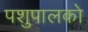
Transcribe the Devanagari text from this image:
पशुपालको